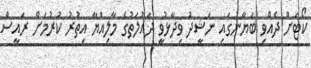
ކޯޓަށް ދެއްވި ބަޔާނުގައި ނަޝީދު ވިދާޅުވީ ދައުލަތުގެ މާލިއްޔާ އިތުރު ކުރުމަށް ރައީސް